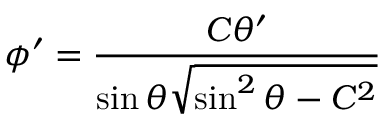
\phi ^ { \prime } = { \frac { C \theta ^ { \prime } } { \sin \theta { \sqrt { \sin ^ { 2 } \theta - C ^ { 2 } } } } }